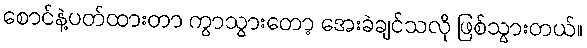
စောင်နဲ့ပတ်ထားတာ ကွာသွားတော့ အေးခဲချင်သလို ဖြစ်သွားတယ်။